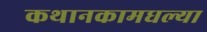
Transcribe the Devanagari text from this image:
कथानकामधल्या